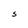
Character: s